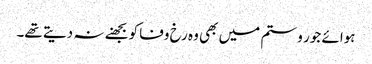
ہوائے جور و ستم میں بھی وہ رخ وفا کو بجھنے نہ دیتے تھے۔